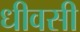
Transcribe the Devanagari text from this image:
धीवसी